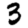
Digit: 3